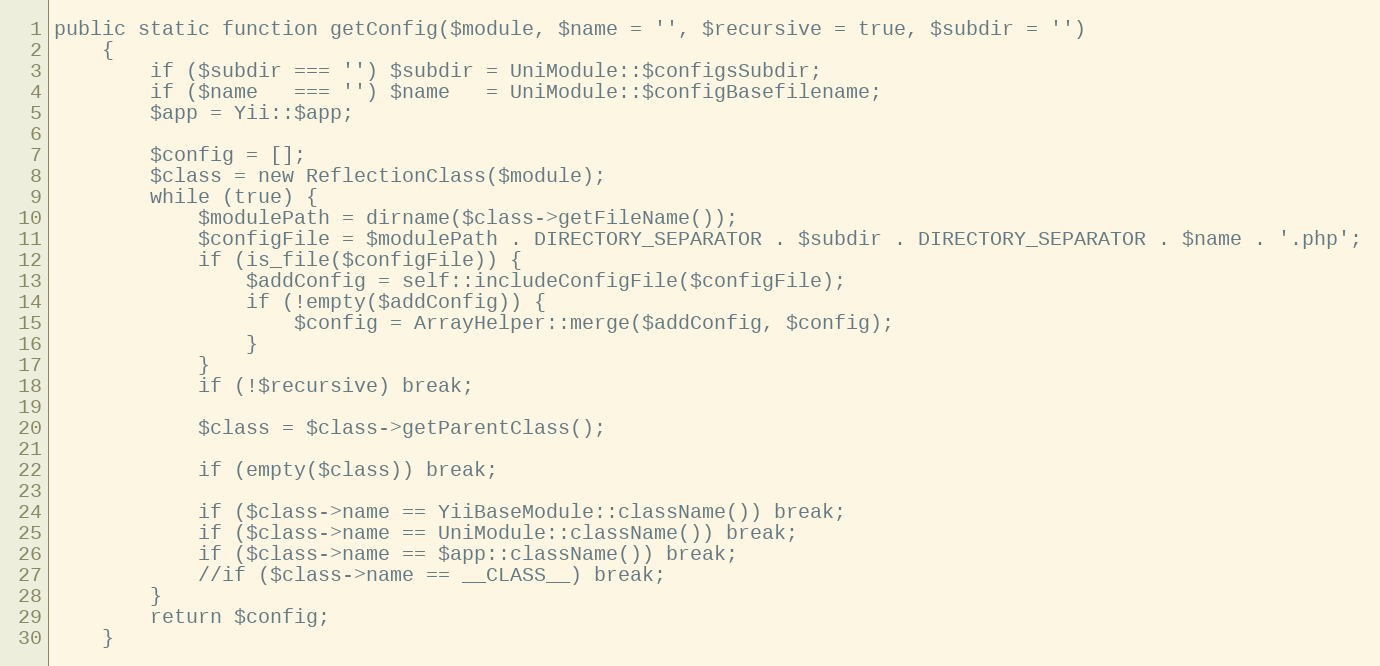
Language: PHP
public static function getConfig($module, $name = '', $recursive = true, $subdir = '')
    {
        if ($subdir === '') $subdir = UniModule::$configsSubdir;
        if ($name   === '') $name   = UniModule::$configBasefilename;
        $app = Yii::$app;

        $config = [];
        $class = new ReflectionClass($module);
        while (true) {
            $modulePath = dirname($class->getFileName());
            $configFile = $modulePath . DIRECTORY_SEPARATOR . $subdir . DIRECTORY_SEPARATOR . $name . '.php';
            if (is_file($configFile)) {
                $addConfig = self::includeConfigFile($configFile);
                if (!empty($addConfig)) {
                    $config = ArrayHelper::merge($addConfig, $config);
                }
            }
            if (!$recursive) break;

            $class = $class->getParentClass();

            if (empty($class)) break;

            if ($class->name == YiiBaseModule::className()) break;
            if ($class->name == UniModule::className()) break;
            if ($class->name == $app::className()) break;
            //if ($class->name == __CLASS__) break;
        }
        return $config;
    }